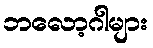
ဘလော့ဂါများ